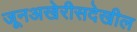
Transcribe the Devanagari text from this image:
जूनअखेरीसदेखील